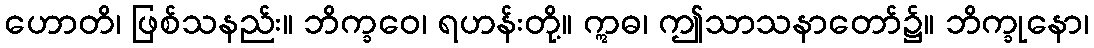
ဟောတိ၊ ဖြစ်သနည်း။ ဘိက္ခဝေ၊ ရဟန်းတို့။ ဣဓ၊ ဤသာသနာတော်၌။ ဘိက္ခုနော၊